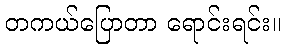
တကယ်ပြောတာ ရောင်းရင်း။